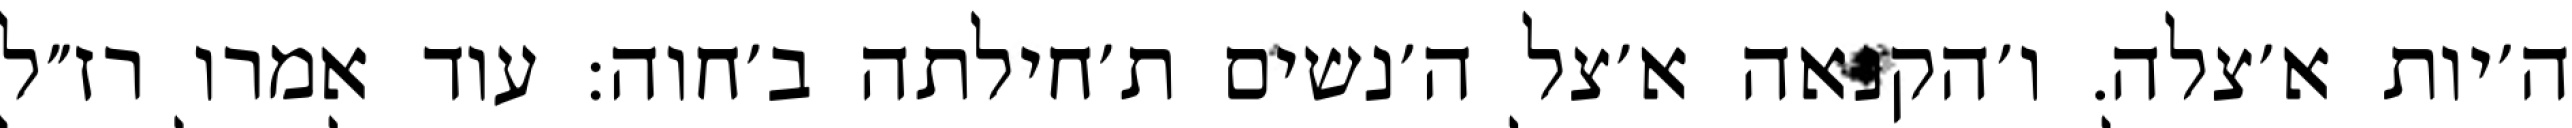
ה׳יות א׳צלה. ו׳הקנאה א׳צל ה׳נשים ת׳חילתה ב׳חוה: עוד אמרו רז״ל